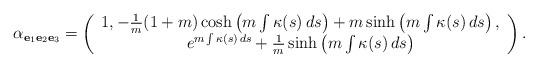
LaTeX: \begin{align*}\alpha_{\mathbf{e}_{1}\mathbf{e}_{2}\mathbf{e}_{3}}=\left(\begin{array}{c}1,-\frac{1}{m}(1+m)\cosh \left( m\int \kappa (s)\,ds\right) +m\sinh \left(m\int \kappa (s)\,ds\right) , \\e^{m\int \kappa (s)\,ds}+\frac{1}{m}\sinh \left( m\int \kappa (s)\,ds\right)\end{array}\right).\end{align*}